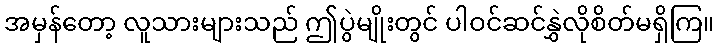
အမှန်တော့ လူသားများသည် ဤပွဲမျိုးတွင် ပါဝင်ဆင်နွှဲလိုစိတ်မရှိကြ။